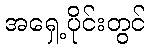
အရှေ့ပိုင်းတွင်